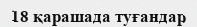
18 қарашада туғандар